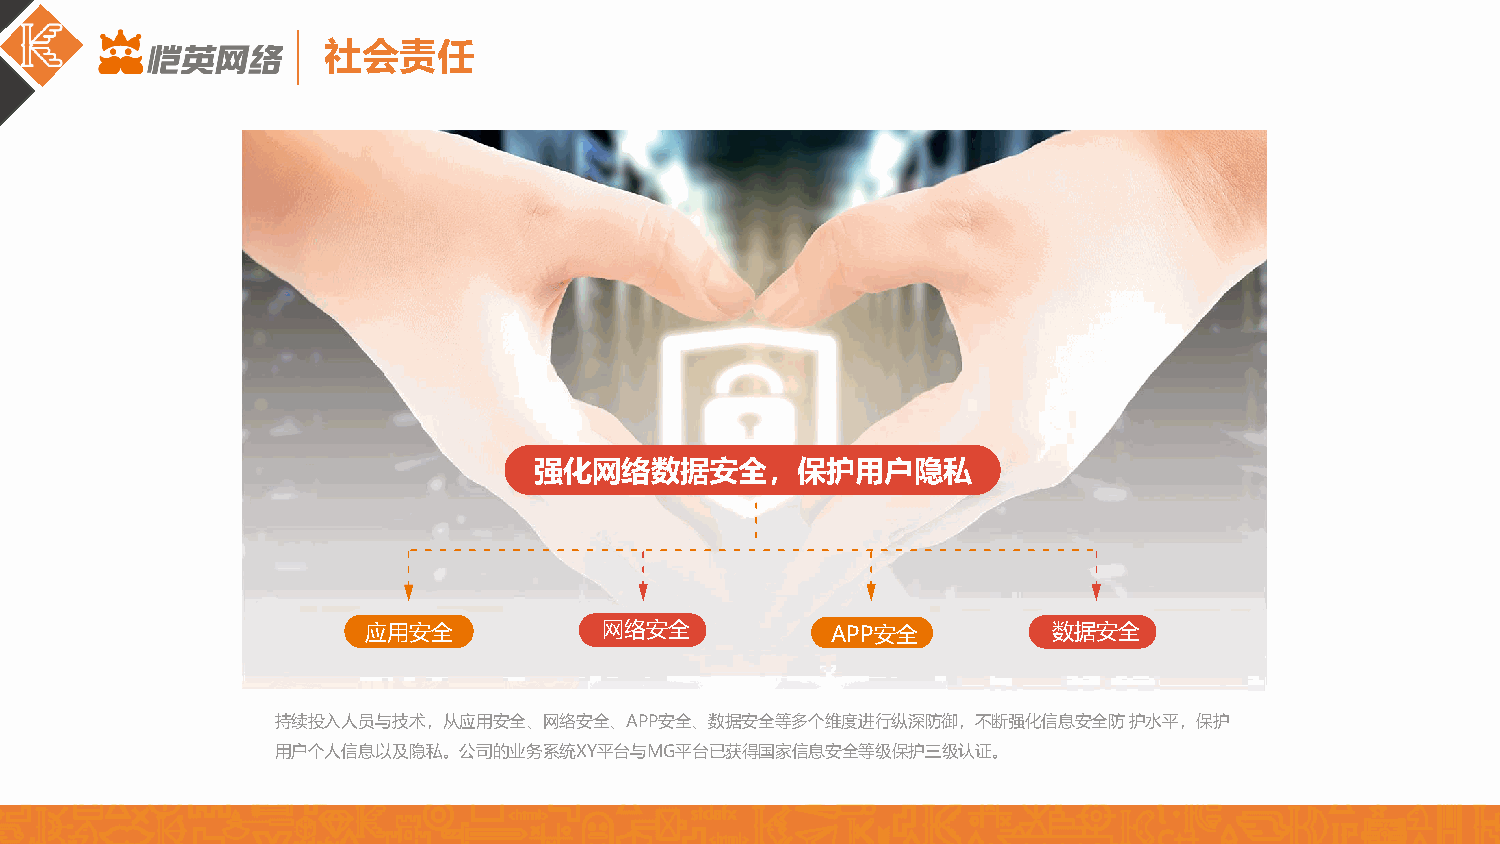
社会责任
 强化网络数据安全，保护用户隐私
 应用安全            网络安全           APP安全          数据安全
 持续投入人员与技术，从应用安全、网络安全、APP安全、数据安全等多个维度进行纵深防御，不断强化信息安全防护水平，保护
 用户个人信息以及隐私。公司的业务系统XY平台与MG平台已获得国家信息安全等级保护三级认证。